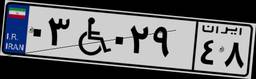
۰۳W۰۲۹۴۸